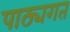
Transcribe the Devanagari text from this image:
पाठ्यगत